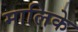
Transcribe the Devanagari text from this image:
मालिके